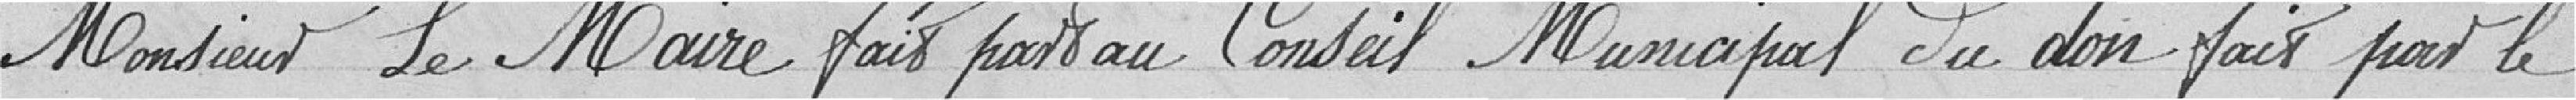
Monsieur le Maire fait part au conseil municipal du don fait par le